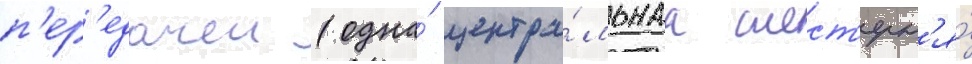
п'ер'едачеи (одна́ центра́льнаа шест'ерн'я́